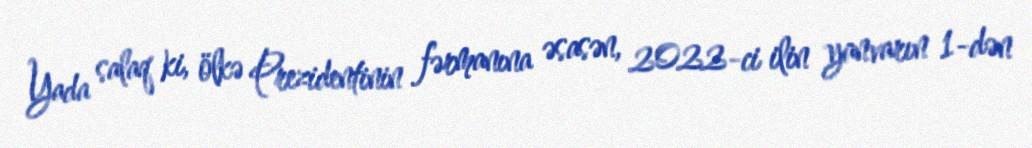
Yada salaq ki, ölkə Prezidentinin fərmanına əsasən, 2022-ci ilin yanvarın 1-dən